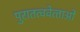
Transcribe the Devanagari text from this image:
पुरातत्ववेत्‍ताओं